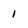
Character: 1